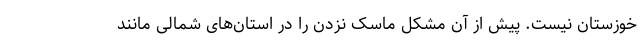
خوزستان نیست. پیش از آن مشکل ماسک نزدن را در استان‌های شمالی مانند